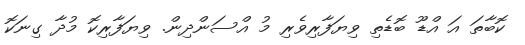
ކޮބާތަ އަ އްޑޫ ބޮޑެތި ވިޔަފާރިވެރި މު އްސަންދިން. ވިޔަފާރިކޮ މުދާ ގިނަކޮ